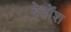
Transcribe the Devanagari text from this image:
बेहोंश